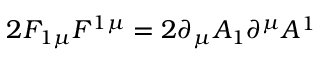
2 F _ { 1 \mu } F ^ { 1 \mu } = 2 \partial _ { \mu } A _ { 1 } \partial ^ { \mu } A ^ { 1 }